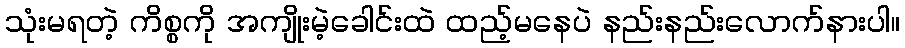
သုံးမရတဲ့ ကိစ္စကို အကျိုးမဲ့ခေါင်းထဲ ထည့်မနေပဲ နည်းနည်းလောက်နားပါ။